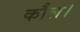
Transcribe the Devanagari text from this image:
कौल।